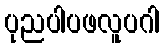
ပုညပါပဖလူပဂါ